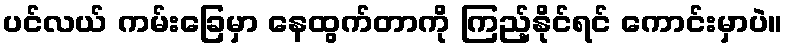
ပင်လယ် ကမ်းခြေမှာ နေထွက်တာကို ကြည့်နိုင်ရင် ကောင်းမှာပဲ။